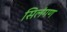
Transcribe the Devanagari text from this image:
सिलंगण